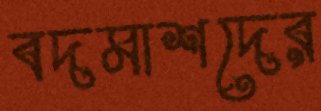
বদমাশদের